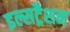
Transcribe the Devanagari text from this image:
इल्सट्रैशन